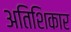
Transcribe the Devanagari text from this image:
अतिशिकार